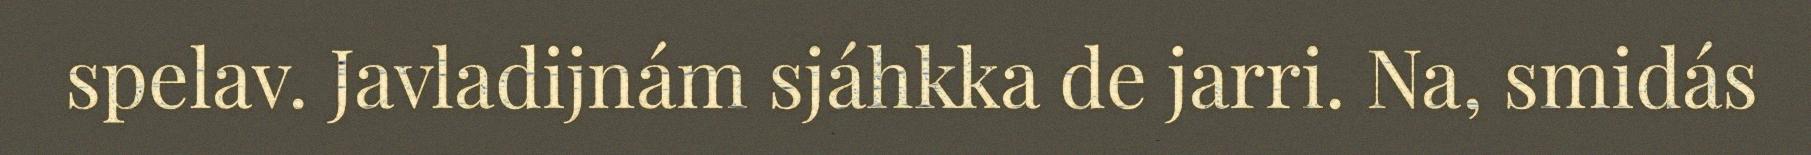
spelav. Javladijnám sjáhkka de jarri. Na, smidás